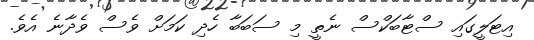
އިޓަލީގައި ސްޓާބަކްސް ނެތީ މި ސަބަބާ ހެދި ކަމަށް ވެސް ވެދާނެ އެވެ.